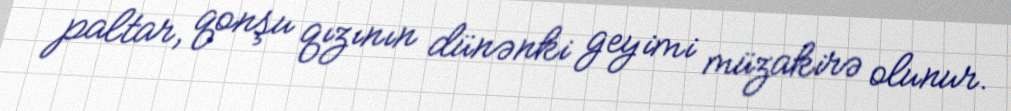
paltar, qonşu qızının dünənki geyimi müzakirə olunur.